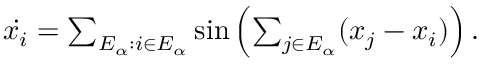
\begin{array} { r } { \dot { x _ { i } } = \sum _ { E _ { \alpha } : i \in E _ { \alpha } } \sin \left( \sum _ { j \in E _ { \alpha } } ( x _ { j } - x _ { i } ) \right) . } \end{array}